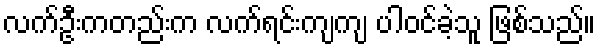
လက်ဦးကတည်းက လက်ရင်းကျကျ ပါဝင်ခဲ့သူ ဖြစ်သည်။